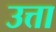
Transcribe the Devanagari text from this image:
उत्ता